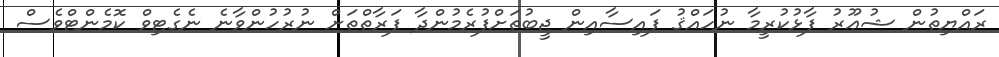
ރައްޔިތުން ޝުޢޫރު ފާޅުކުރީމާ ނުހައްޤު ފައިސާއިން ޖީބުތަށްފުރެމުންދާ ފަރާތްތަށް ނުރުހުންވާނެ ނެގެޓިވް ކޮމެންޓްވެސް